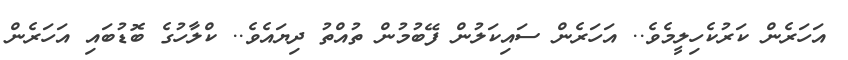
އަހަރެން ކަރުކެހިލީމެވެ.. އަހަރެން ސައިކަލުން ފޭބުމުން ތުއްތު ދިޔައެވެ.. ކްލާހުގެ ބޮޑުބައި އަހަރެން